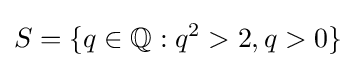
S=\{q\in \mathbb {Q} :q^{2}>2,q>0\}